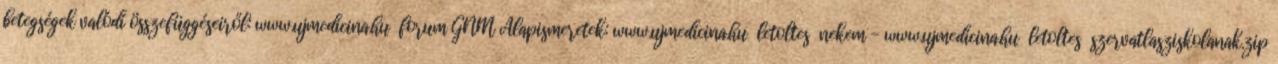
betegségek valódi összefüggéseiről: www.ujmedicina.hu forum GNM Alapismeretek: www.ujmedicina.hu letoltes nekem - www.ujmedicina.hu letoltes szervatlasziskolanak.zip